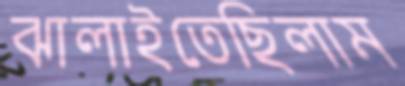
ঝালাইতেছিলাম